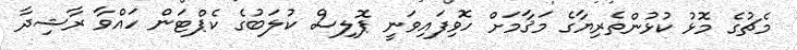
މެޗުގެ މޮޅު ކުޅުންތެރިޔާގެ މަޤާމަށް ހޮވިފައިވަނީ ޕޮލިސް ކުލަބުގެ ކެޕްޓަން ހައްވާ ރާޝިދާ